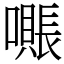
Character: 𫬖